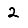
Digit: 2